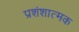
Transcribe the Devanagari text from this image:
प्रशंशात्मक